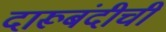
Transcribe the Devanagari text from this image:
दारूबंदीची